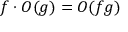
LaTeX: f \cdot O ( g ) = O ( f g )